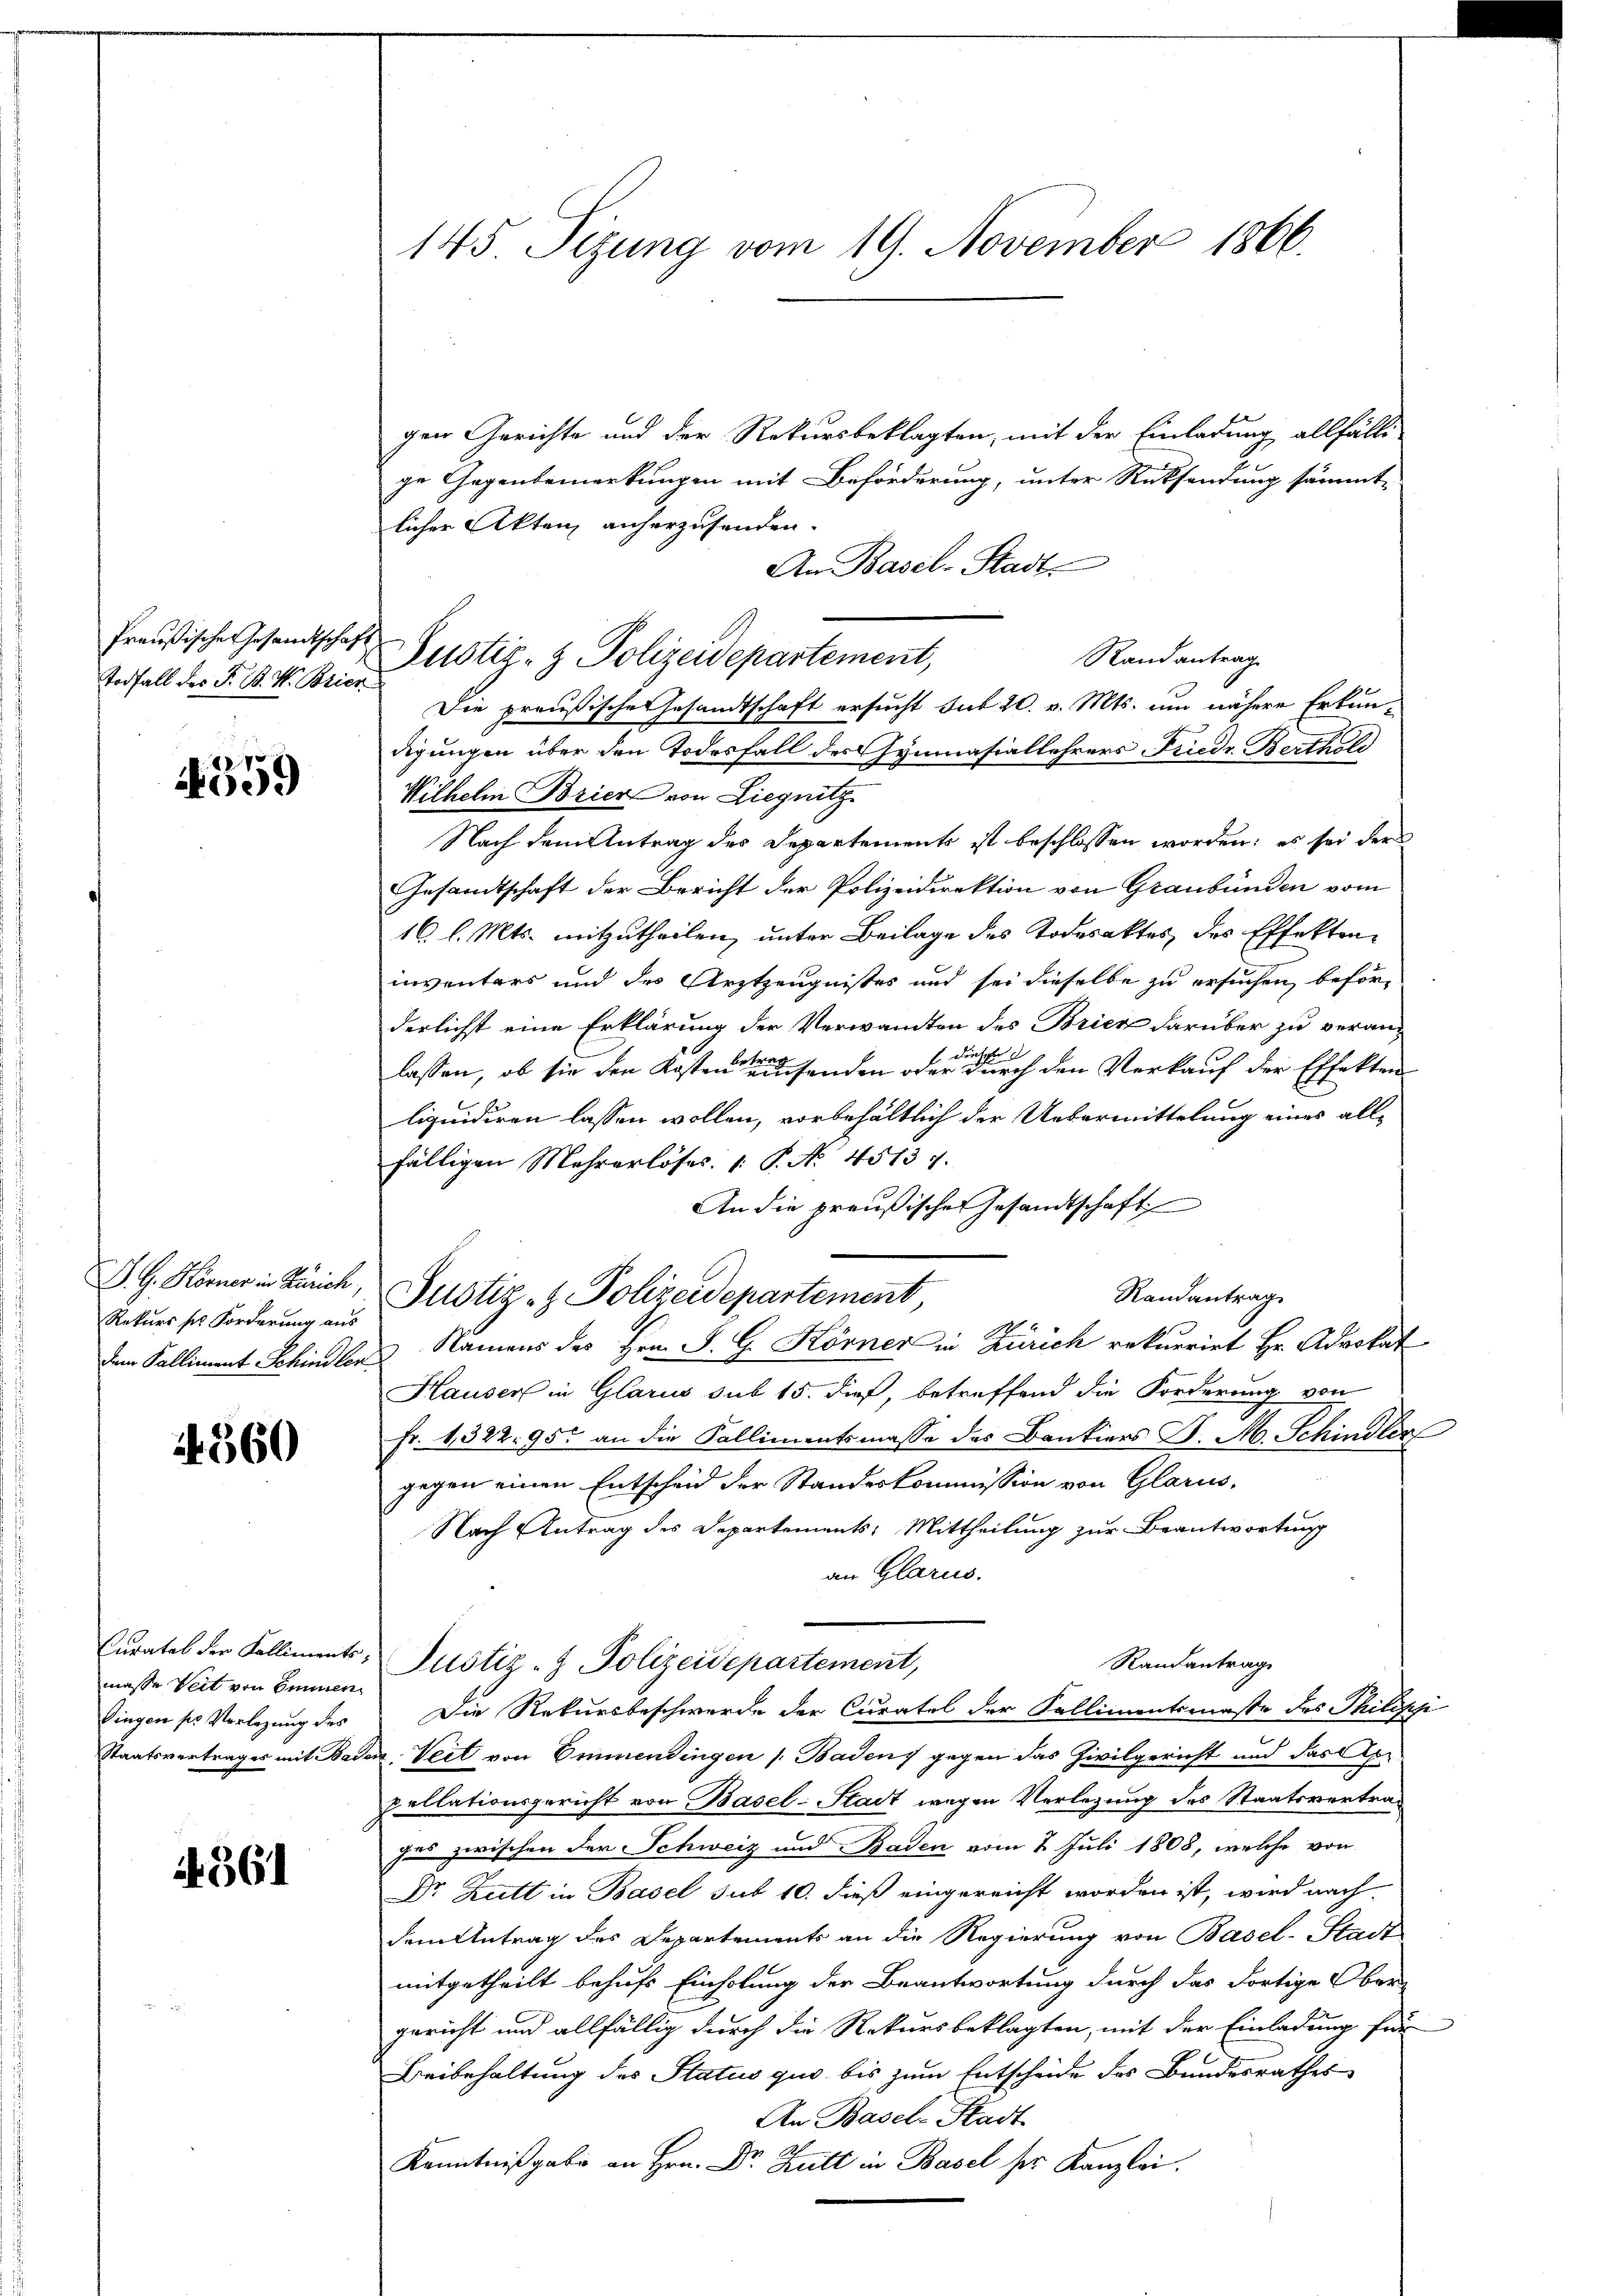
Todfall des F. B. H. Brier

1559

J. G. Hörner in Zürich,
Rekurs sch Forderung aus
dem Palliment Schindler

14360

Curatab der Kalliments;
masse Veit von Emmen
Singen pr Verlegung des
Staatsvertrages mit Bade

if. 361

145 Sizung vom 19. November 1866.

Preußische Gesandtschaft Zustiz- & Polizeidepartement,

gen Gerichte und der Rekursbeklagten, mit der Einladung allfälle
ge Gegenbemerkungen mit Beförderung, unter Rücksendung sämmt-
licher Akten anherzusenden.
An Basel-Stadt
Randantrag
Die preußische Gesandtschaft ersucht sub 20. v. Mts. um nähere Erkundigungen über den Todesfall des Gymnasiallehrers Friedr. Berthild
Wilhelm Brier von Liegnitz
Nach dem Antrag des Departements ist beschlossen worden; es sei der
Gesamtschaft der Bericht der Polizeidirektion von Graubünden vom
16. l. Mts. mitzutheilen, unter Beilage des Todesaktes des Effekteninventars und des Arztzeugnisses und sei dieselbe zu ersuchen, beförderlichst eine Erklärung der Verwandten des Bricz darüber zu veranb
l dur
lassen, ob sie den Kosten senden oder durch den Verkauf der Effekten
liquidiren lassen wollen, vorbehältlich der Uebermittelung eines allfälligen Mehrerlöses. 1. P. No. 45137.
An die preußische Gesandtschaft
Randantrag
Justiz- & Polizeidepartement,
 Namens des Hrn. P. G. Körner in Zürich rekurrirt Hr. Advokat
Hauser in Glarus sub 15. dieß, betreffend die Forderung von
Fr. 1322. 950 an die Kallimentsmasse des Bankiers P. M. Schindler
gegen einen Entscheid der Standeskommission von Glarus,
Nach Antrag des Departements: Mittheilung zur Beantwortung
an Glarus.
Randantrag
Justiz- & Polizeidepartement,
Die Rekursbeschwerde der Curatel der Kallimentsmasse des Philisi
u Seit von Emmendingen (Baden, gegen das Zivilgericht und das Appellationsgericht von Basel-Stadt wegen Verlegung des Staatsvertra¬
Jun zwischen der Schweiz und Baden vom 2. Juli 1808, welche von
Dr Zutt in Basel sub 10. dieß eingereicht worden ist, wird nach
dem Antrag des Departements an die Regierung von Basel-Stadt
mitgetheilt behufs Einholung der Beantwortung durch das dortige Ober-
gericht und allfällig durch die Rekursbeklagten, mit der Einladung für
Beibehaltung des Status quo bis zum Entscheide des Bundesrathes
An Basel Stadt
A
Kenntnißgabe an Hrn. Dr. Hutt in Basel ser Kanzlei.